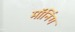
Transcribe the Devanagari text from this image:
मॉनिंग